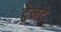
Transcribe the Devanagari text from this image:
ट्वेनटे